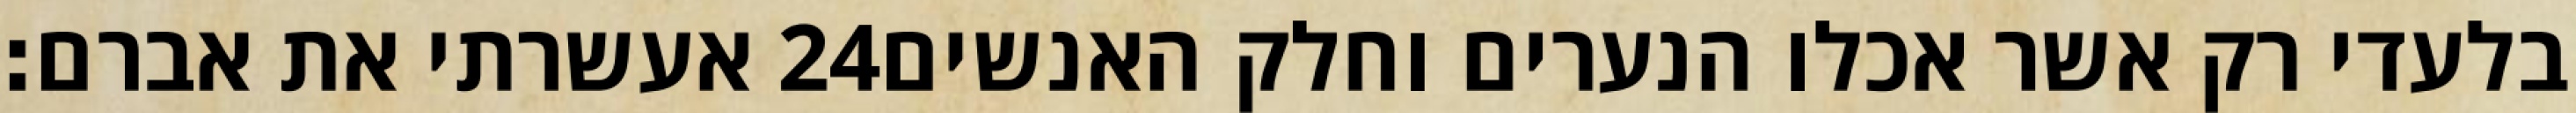
אעשרתי את אברם׃ ‎24‏ בלעדי רק אשר אכלו הנערים וחלק האנשים